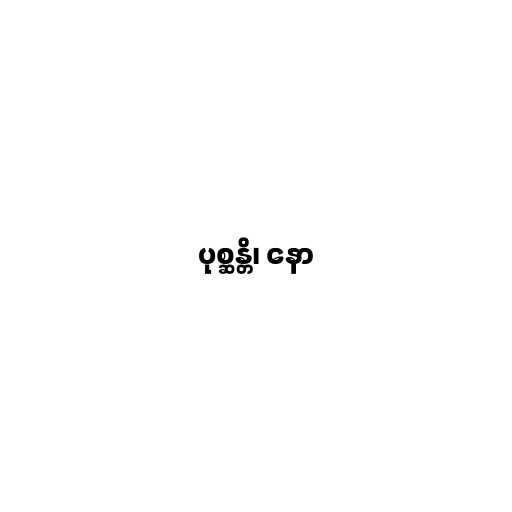
ပုစ္ဆန္တိ၊ နော